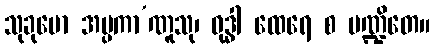
သုခုမော အပ္ပကာ’ဏူသု၊ ဝုဒ္ဓါ ထေရေ စ ပဏ္ဍိတေ။